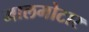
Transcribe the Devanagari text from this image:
मालमोटार